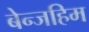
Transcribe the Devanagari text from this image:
बेन्जहिम